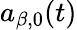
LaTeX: a_{\beta,0}(t)